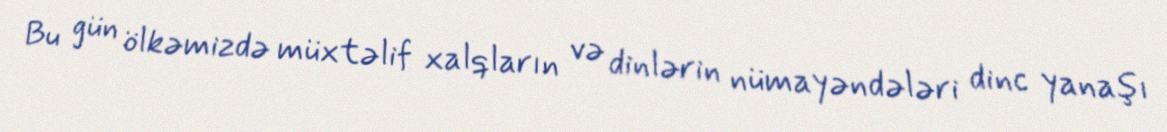
Bu gün ölkəmizdə müxtəlif xalqların və dinlərin nümayəndələri dinc yanaşı